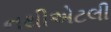
નથીએટલી